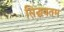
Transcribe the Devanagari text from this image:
सिद्धवतम